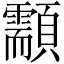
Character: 顬